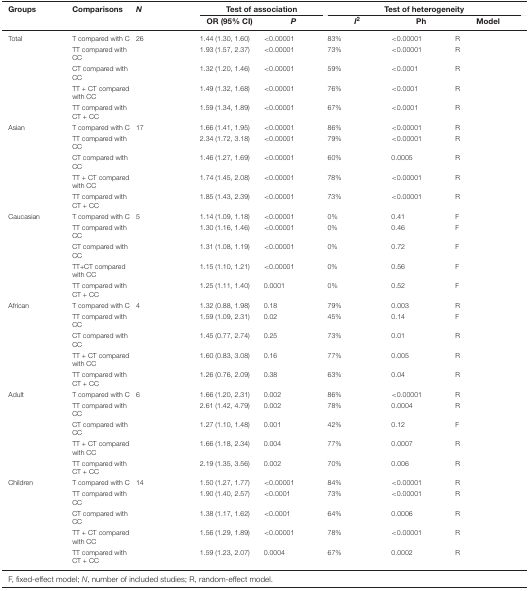
<table><thead><tr><td><b>Groups</b></td><td><b>Comparisons</b></td><td><b><i>N</i></b></td><td colspan="2"><b>Test of association</b></td><td colspan="3"><b>Test of heterogeneity</b></td></tr><tr><td></td><td></td><td></td><td><b>OR (95% CI)</b></td><td><b><i>P</i></b></td><td><b><i>I</i><sup>2</sup></b></td><td><b>Ph</b></td><td><b>Model</b></td></tr></thead><tbody><tr><td>Total</td><td>T compared with C</td><td>26</td><td>1.44 (1.30, 1.60)</td><td>&lt;0.00001</td><td>83%</td><td>&lt;0.00001</td><td>R</td></tr><tr><td></td><td>TT compared with CC</td><td></td><td>1.93 (1.57, 2.37)</td><td>&lt;0.00001</td><td>73%</td><td>&lt;0.00001</td><td>R</td></tr><tr><td></td><td>CT compared with CC</td><td></td><td>1.32 (1.20, 1.46)</td><td>&lt;0.00001</td><td>59%</td><td>&lt;0.0001</td><td>R</td></tr><tr><td></td><td>TT + CT compared with CC</td><td></td><td>1.49 (1.32, 1.68)</td><td>&lt;0.00001</td><td>76%</td><td>&lt;0.0001</td><td>R</td></tr><tr><td></td><td>TT compared with CT + CC</td><td></td><td>1.59 (1.34, 1.89)</td><td>&lt;0.00001</td><td>67%</td><td>&lt;0.0001</td><td>R</td></tr><tr><td>Asian</td><td>T compared with C</td><td>17</td><td>1.66 (1.41, 1.95)</td><td>&lt;0.00001</td><td>86%</td><td>&lt;0.00001</td><td>R</td></tr><tr><td></td><td>TT compared with CC</td><td></td><td>2.34 (1.72, 3.18)</td><td>&lt;0.00001</td><td>79%</td><td>&lt;0.00001</td><td>R</td></tr><tr><td></td><td>CT compared with CC</td><td></td><td>1.46 (1.27, 1.69)</td><td>&lt;0.00001</td><td>60%</td><td>0.0005</td><td>R</td></tr><tr><td></td><td>TT + CT compared with CC</td><td></td><td>1.74 (1.45, 2.08)</td><td>&lt;0.00001</td><td>78%</td><td>&lt;0.00001</td><td>R</td></tr><tr><td></td><td>TT compared with CT + CC</td><td></td><td>1.85 (1.43, 2.39)</td><td>&lt;0.00001</td><td>73%</td><td>&lt;0.00001</td><td>R</td></tr><tr><td>Caucasian</td><td>T compared with C</td><td>5</td><td>1.14 (1.09, 1.18)</td><td>&lt;0.00001</td><td>0%</td><td>0.41</td><td>F</td></tr><tr><td></td><td>TT compared with CC</td><td></td><td>1.30 (1.16, 1.46)</td><td>&lt;0.00001</td><td>0%</td><td>0.46</td><td>F</td></tr><tr><td></td><td>CT compared with CC</td><td></td><td>1.31 (1.08, 1.19)</td><td>&lt;0.00001</td><td>0%</td><td>0.72</td><td>F</td></tr><tr><td></td><td>TT+CT compared with CC</td><td></td><td>1.15 (1.10, 1.21)</td><td>&lt;0.00001</td><td>0%</td><td>0.56</td><td>F</td></tr><tr><td></td><td>TT compared with CT + CC</td><td></td><td>1.25 (1.11, 1.40)</td><td>0.0001</td><td>0%</td><td>0.52</td><td>F</td></tr><tr><td>African</td><td>T compared with C</td><td>4</td><td>1.32 (0.88, 1.98)</td><td>0.18</td><td>79%</td><td>0.003</td><td>R</td></tr><tr><td></td><td>TT compared with CC</td><td></td><td>1.59 (1.09, 2.31)</td><td>0.02</td><td>45%</td><td>0.14</td><td>F</td></tr><tr><td></td><td>CT compared with CC</td><td></td><td>1.45 (0.77, 2.74)</td><td>0.25</td><td>73%</td><td>0.01</td><td>R</td></tr><tr><td></td><td>TT + CT compared with CC</td><td></td><td>1.60 (0.83, 3.08)</td><td>0.16</td><td>77%</td><td>0.005</td><td>R</td></tr><tr><td></td><td>TT compared with CT + CC</td><td></td><td>1.26 (0.76, 2.09)</td><td>0.38</td><td>63%</td><td>0.04</td><td>R</td></tr><tr><td>Adult</td><td>T compared with C</td><td>6</td><td>1.66 (1.20, 2.31)</td><td>0.002</td><td>86%</td><td>&lt;0.00001</td><td>R</td></tr><tr><td></td><td>TT compared with CC</td><td></td><td>2.61 (1.42, 4.79)</td><td>0.002</td><td>78%</td><td>0.0004</td><td>R</td></tr><tr><td></td><td>CT compared with CC</td><td></td><td>1.27 (1.10, 1.48)</td><td>0.001</td><td>42%</td><td>0.12</td><td>F</td></tr><tr><td></td><td>TT + CT compared with CC</td><td></td><td>1.66 (1.18, 2.34)</td><td>0.004</td><td>77%</td><td>0.0007</td><td>R</td></tr><tr><td></td><td>TT compared with CT + CC</td><td></td><td>2.19 (1.35, 3.56)</td><td>0.002</td><td>70%</td><td>0.006</td><td>R</td></tr><tr><td>Children</td><td>T compared with C</td><td>14</td><td>1.50 (1.27, 1.77)</td><td>&lt;0.00001</td><td>84%</td><td>&lt;0.00001</td><td>R</td></tr><tr><td></td><td>TT compared with CC</td><td></td><td>1.90 (1.40, 2.57)</td><td>&lt;0.0001</td><td>73%</td><td>&lt;0.00001</td><td>R</td></tr><tr><td></td><td>CT compared with CC</td><td></td><td>1.38 (1.17, 1.62)</td><td>&lt;0.0001</td><td>64%</td><td>0.0006</td><td>R</td></tr><tr><td></td><td>TT + CT compared with CC</td><td></td><td>1.56 (1.29, 1.89)</td><td>&lt;0.00001</td><td>78%</td><td>&lt;0.00001</td><td>R</td></tr><tr><td></td><td>TT compared with CT + CC</td><td></td><td>1.59 (1.23, 2.07)</td><td>0.0004</td><td>67%</td><td>0.0002</td><td>R</td></tr></tbody></table>